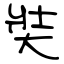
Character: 奘